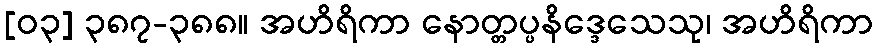
[၀၃] ၃၈၇-၃၈၈။ အဟိရိကာ နောတ္တပ္ပနိဒ္ဒေသေသု၊ အဟိရိကာ